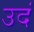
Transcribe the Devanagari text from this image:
उदं